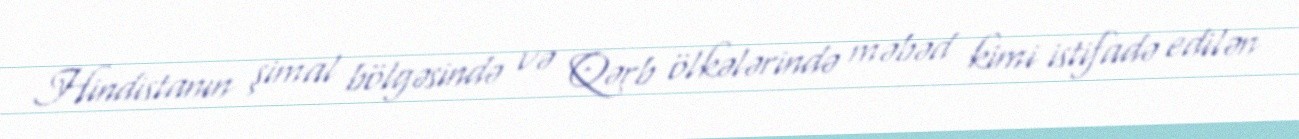
Hindistanın şimal bölgəsində və Qərb ölkələrində məbəd kimi istifadə edilən